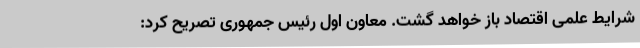
شرایط علمی اقتصاد باز خواهد گشت. معاون اول رئیس جمهوری تصریح کرد: